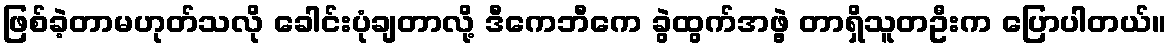
ဖြစ်ခဲ့တာမဟုတ်သလို ခေါင်းပုံချတာလို့ ဒီကေဘီကေ ခွဲထွက်အဖွဲ့ တာရှိသူတဦးက ပြောပါတယ်။